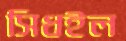
সিধইল